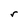
Character: r